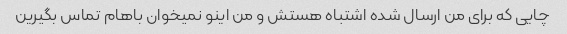
چایی که برای من ارسال شده اشتباه هستش و من اینو نمیخوان باهام تماس بگیرین